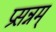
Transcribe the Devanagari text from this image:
प्रसन्नम्